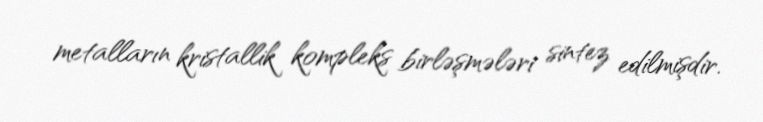
metalların kristallik kompleks birləşmələri sintez edilmişdir.